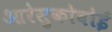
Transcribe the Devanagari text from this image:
आरेसुकोबोई